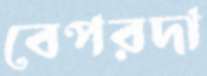
বেপরদা